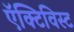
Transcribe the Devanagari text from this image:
ऍक्टिविस्ट